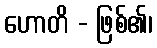
ဟောတိ - ဖြစ်၏၊